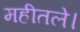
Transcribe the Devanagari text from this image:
महीतले।